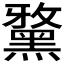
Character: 𪑢